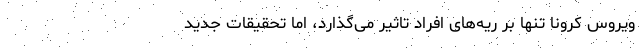
ویروس کرونا تنها بر ریه‌های افراد تاثیر می‌گذارد، اما تحقیقات جدید